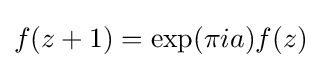
f(z+1)=\exp(\pi ia)f(z)